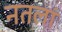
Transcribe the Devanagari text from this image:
नतलां